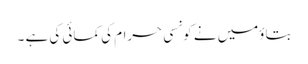
بتاؤمیں نے کونسی حرام کی کمائی کی ہے ۔